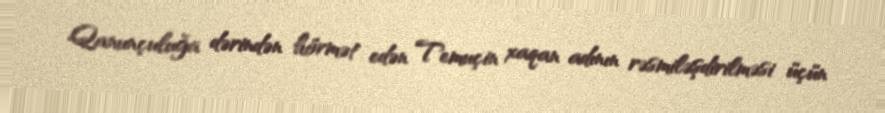
Qanunçuluğa dərindən hörmət edən Temuçin xaqan adının rəsmiləşdirilməsi üçün